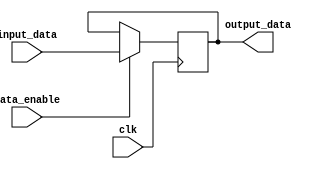
module data_enable_latch (
  input wire clk,
  input wire data_enable,
  input wire [7:0] input_data,
  output reg [7:0] output_data
);

reg [7:0] stored_data;

always @(posedge clk) begin
  if (data_enable) begin
    stored_data <= input_data;
  end
end

assign output_data = stored_data;

endmodule